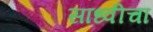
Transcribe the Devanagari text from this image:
साध्वीचा